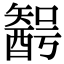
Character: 𨢰